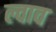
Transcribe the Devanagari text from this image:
ल्वाव